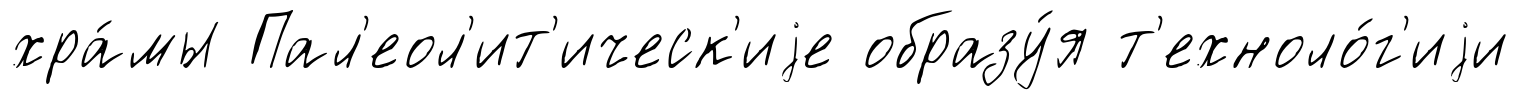
хра́мы Пал'еол'ит'ическ'иjе образу́я т'ехноло́г'иjи